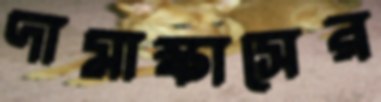
দামাস্কাসের